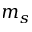
m _ { s }